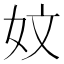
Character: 妏